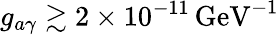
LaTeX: g_{a\gamma}\gtrsim 2\times 10^{-11}\, \mathrm{GeV}^{-1}